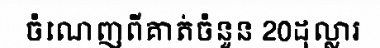
ចំណេញពីគាត់ចំនួន 20ដុល្លារ